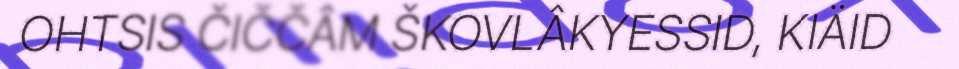
OHTSIS ČIČČÂM ŠKOVLÂKYESSID, KIÄID